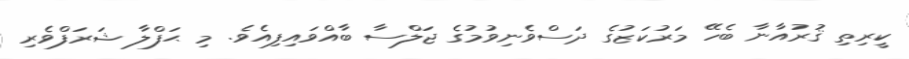
ކީރިތި ޤުރުއާނާ ބެހޭ މަރުކަޒުގެ ދަސްވެނިވުމުގެ ޖަލްސާ ބާއްވައިފިއެވެ. މި ޙަފްލާ ޝަރަފްވެރި